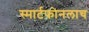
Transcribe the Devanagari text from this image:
स्मार्टफोनलाच